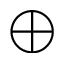
\bigoplus